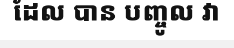
ដែល បាន បញ្ចូល វា